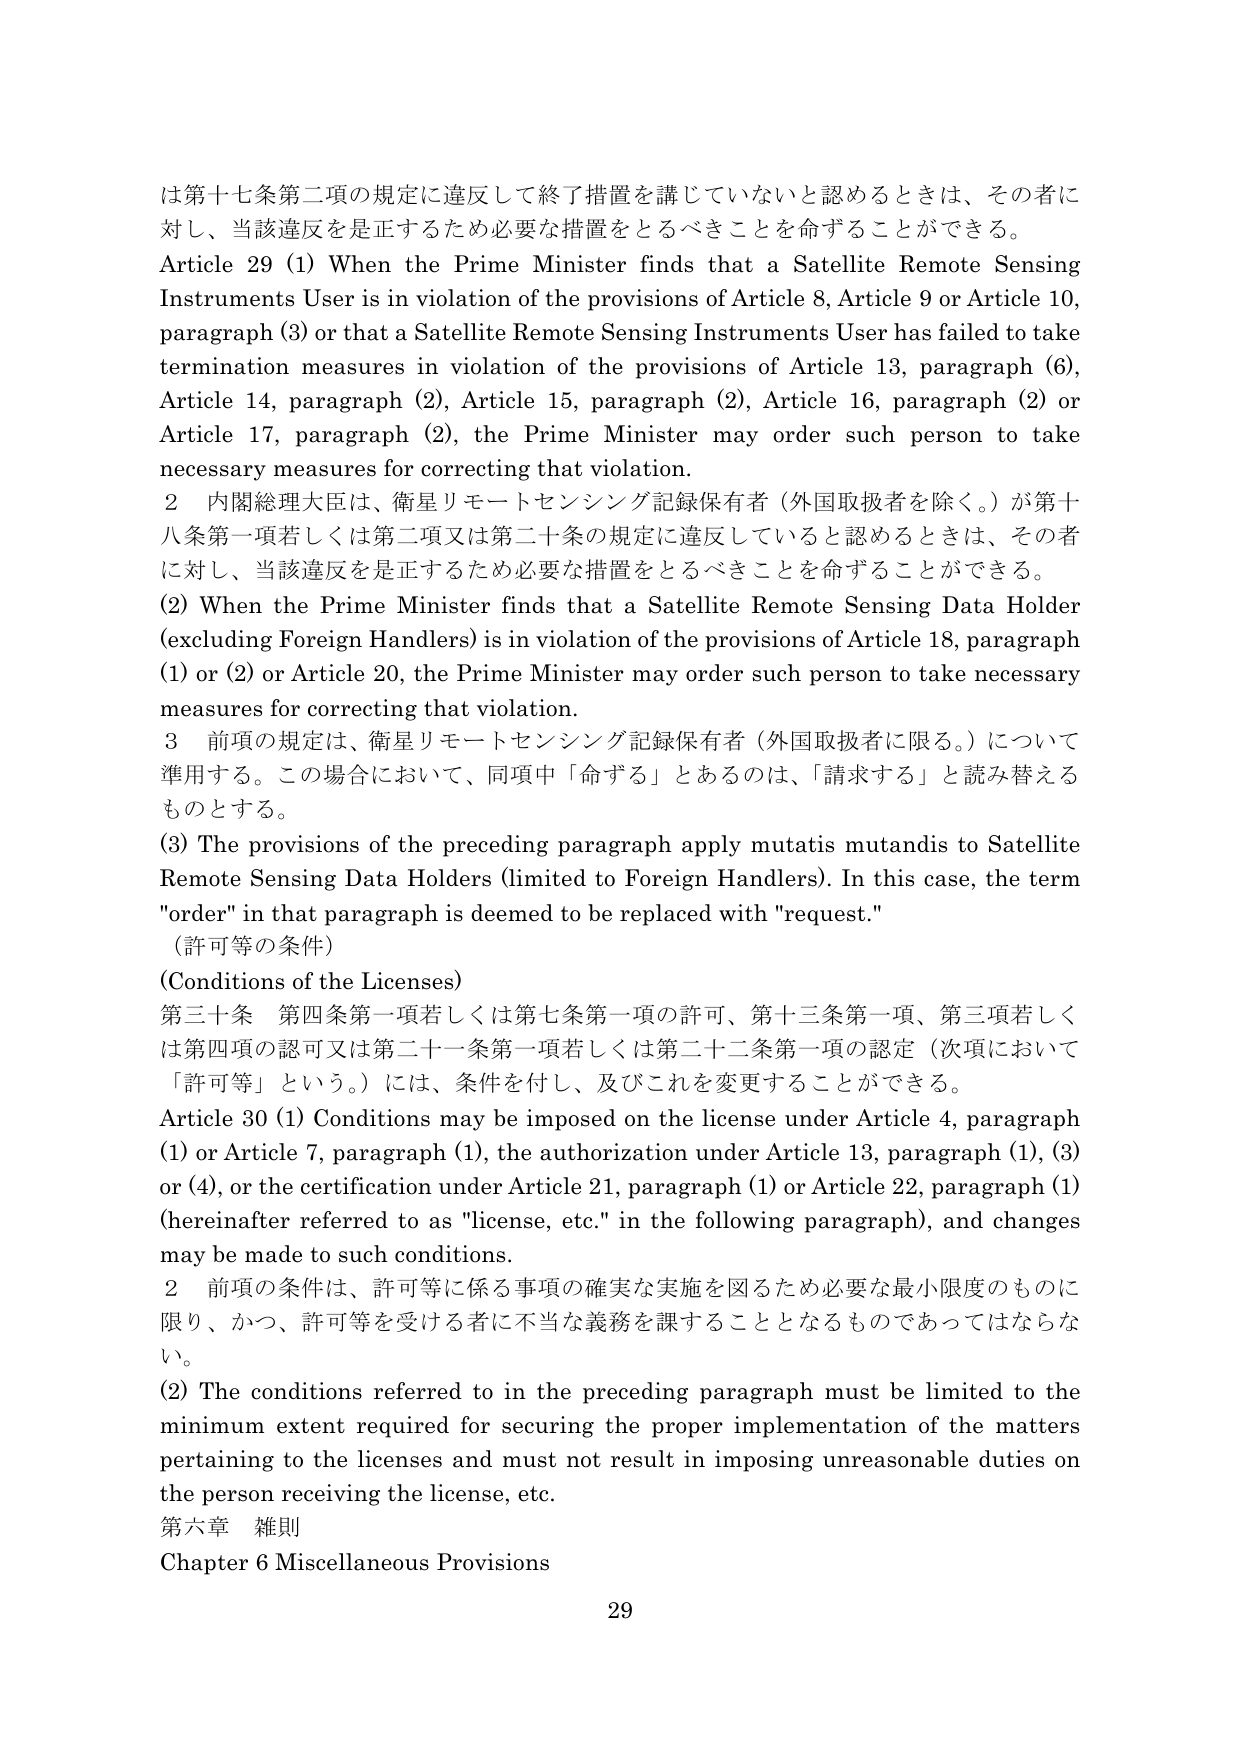
は第十七条第二項の規定に違反して終了措置を講じていないと認めるときは、その者に対し、当該違反を是正するため必要な措置をとるべきことを命ずることができる。

Article 29 (1) When the Prime Minister finds that a Satellite Remote Sensing Instruments User is in violation of the provisions of Article 8, Article 9 or Article 10, paragraph (3) or that a Satellite Remote Sensing Instruments User has failed to take termination measures in violation of the provisions of Article 13, paragraph (6), Article 14, paragraph (2), Article 15, paragraph (2), Article 16, paragraph (2) or Article 17, paragraph (2), the Prime Minister may order such person to take necessary measures for correcting that violation.

２ 内閣総理大臣は、衛星リモートセンシング記録保有者（外国取扱者を除く。）が第十八条第一項若しくは第二項又は第二十条の規定に違反していると認めるときは、その者に対し、当該違反を是正するため必要な措置をとるべきことを命ずることができる。

(2) When the Prime Minister finds that a Satellite Remote Sensing Data Holder (excluding Foreign Handlers) is in violation of the provisions of Article 18, paragraph (1) or (2) or Article 20, the Prime Minister may order such person to take necessary measures for correcting that violation.

３ 前項の規定は、衛星リモートセンシング記録保有者（外国取扱者に限る。）について準用する。この場合において、同項中「命ずる」とあるのは、「請求する」と読み替えるものとする。

(3) The provisions of the preceding paragraph apply mutatis mutandis to Satellite Remote Sensing Data Holders (limited to Foreign Handlers). In this case, the term "order" in that paragraph is deemed to be replaced with "request."

（許可等の条件）

(Conditions of the Licenses)

第三十条 第四条第一項若しくは第七条第一項の許可、第十三条第一項、第三項若しくは第四項の認可又は第二十一条第一項若しくは第二十二条第一項の認定（次項において「許可等」という。）には、条件を付し、及びこれを変更することができる。

Article 30 (1) Conditions may be imposed on the license under Article 4, paragraph (1) or Article 7, paragraph (1), the authorization under Article 13, paragraph (1), (3) or (4), or the certification under Article 21, paragraph (1) or Article 22, paragraph (1) (hereinafter referred to as "license, etc." in the following paragraph), and changes may be made to such conditions.

２ 前項の条件は、許可等に係る事項の確実な実施を図るため必要な最小限度のものに限り、かつ、許可等を受ける者に不当な義務を課することとなるものであってはならない。

(2) The conditions referred to in the preceding paragraph must be limited to the minimum extent required for securing the proper implementation of the matters pertaining to the licenses and must not result in imposing unreasonable duties on the person receiving the license, etc.

第六章 雑則

Chapter 6 Miscellaneous Provisions

29